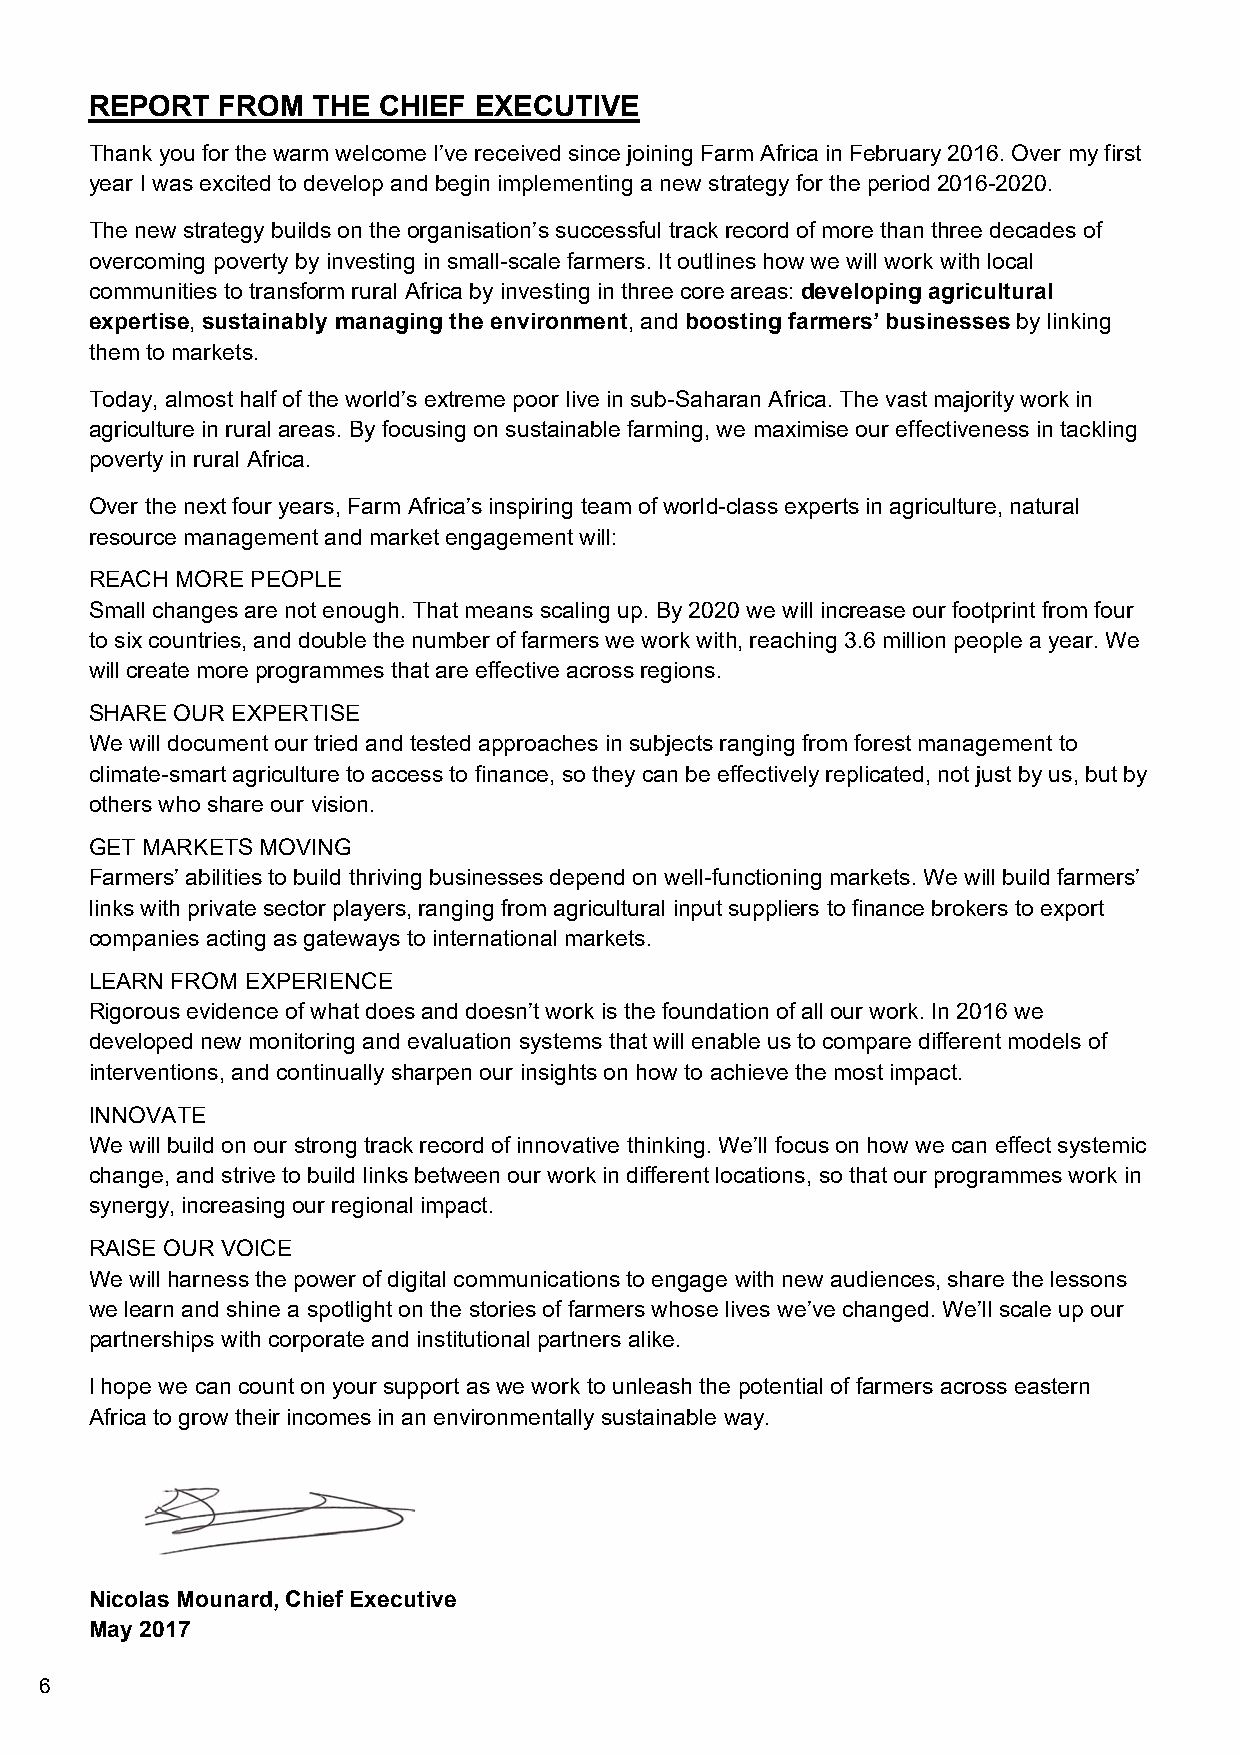
REPORT  FROM   THE CHIEF EXECUTIVE
 Thank you for the warm welcome I’ve received since joining Farm Africa in February 2016. Over my first
 year I was excited to develop and begin implementing a new strategy for the period 2016-2020.
 The new strategy builds on the organisation’s successful track record of more than three decades of
 overcoming poverty by investing in small-scale farmers. It outlines how we will work with local
 communities to transform rural Africa by investing in three core areas: developing agricultural
 expertise, sustainably managing the environment, and boosting farmers’ businesses by linking
 them to markets.
 Today, almost half of the world’s extreme poor live in sub-Saharan Africa. The vast majority work in
 agriculture in rural areas. By focusing on sustainable farming, we maximise our effectiveness in tackling
 poverty in rural Africa.
 Over the next four years, Farm Africa’s inspiring team of world-class experts in agriculture, natural
 resource management and market engagement will:
 REACH MORE PEOPLE
 Small changes are not enough. That means scaling up. By 2020 we will increase our footprint from four
 to six countries, and double the number of farmers we work with, reaching 3.6 million people a year. We
 will create more programmes that are effective across regions.
 SHARE OUR EXPERTISE
 We will document our tried and tested approaches in subjects ranging from forest management to
 climate-smart agriculture to access to finance, so they can be effectively replicated, not just by us, but by
 others who share our vision.
 GET MARKETS MOVING
 Farmers’ abilities to build thriving businesses depend on well-functioning markets. We will build farmers’
 links with private sector players, ranging from agricultural input suppliers to finance brokers to export
 companies acting as gateways to international markets.
 LEARN FROM EXPERIENCE
 Rigorous evidence of what does and doesn’t work is the foundation of all our work. In 2016 we
 developed new monitoring and evaluation systems that will enable us to compare different models of
 interventions, and continually sharpen our insights on how to achieve the most impact.
 INNOVATE
 We will build on our strong track record of innovative thinking. We’ll focus on how we can effect systemic
 change, and strive to build links between our work in different locations, so that our programmes work in
 synergy, increasing our regional impact.
 RAISE OUR VOICE
 We will harness the power of digital communications to engage with new audiences, share the lessons
 we learn and shine a spotlight on the stories of farmers whose lives we’ve changed. We’ll scale up our
 partnerships with corporate and institutional partners alike.
 I hope we can count on your support as we work to unleash the potential of farmers across eastern
 Africa to grow their incomes in an environmentally sustainable way.
 Nicolas Mounard, Chief Executive
 May 2017
 6